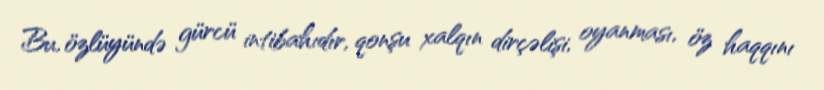
Bu, özlüyündə gürcü intibahıdır, qonşu xalqın dirçəlişi, oyanması, öz haqqını